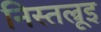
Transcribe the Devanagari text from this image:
निस्तल्रूइ